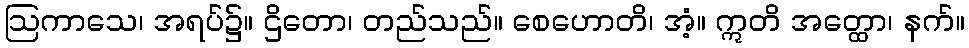
ဩကာသေ၊ အရပ်၌။ ဌိတော၊ တည်သည်။ စေဟောတိ၊ အံ့။ ဣတိ အတ္ထော၊ နက်။